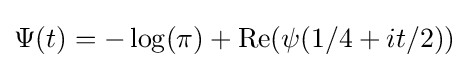
\Psi (t)=-\log(\pi )+\operatorname {Re} (\psi (1/4+it/2))